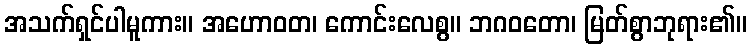
အသက်ရှင်ပါမူကား။ အဟောဝတ၊ ကောင်းလေစွ။ ဘဂဝတော၊ မြတ်စွာဘုရား၏။